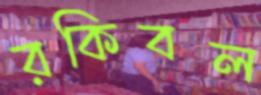
রকিবল